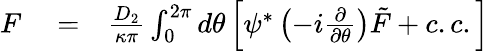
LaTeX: \begin{array}{rlr}{F}&{{}=}&{\frac{D_{2}}{\kappa\pi}\int_{0}^{2\pi}d\theta\left[\psi^{*}\left(-i\frac{\partial}{\partial\theta}\right)\tilde{F}+c.c.\right]}\end{array}